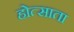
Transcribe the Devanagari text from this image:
होत्साता